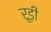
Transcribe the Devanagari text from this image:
रूड़ी